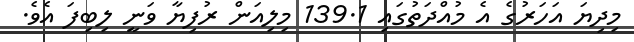
މިދިޔަ އަހަރުގެ އެ މުއްދަތުގައި 139.1 މިލިއަން ރުފިޔާ ވަނީ ލިބިފަ އެެވެ.